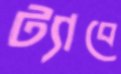
ট্যাবে